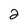
Character: 2